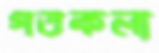
গতকল্য